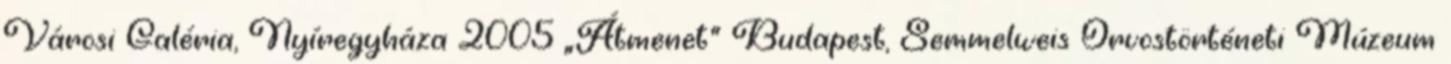
Városi Galéria, Nyíregyháza 2005 „Átmenet” Budapest, Semmelweis Orvostörténeti Múzeum